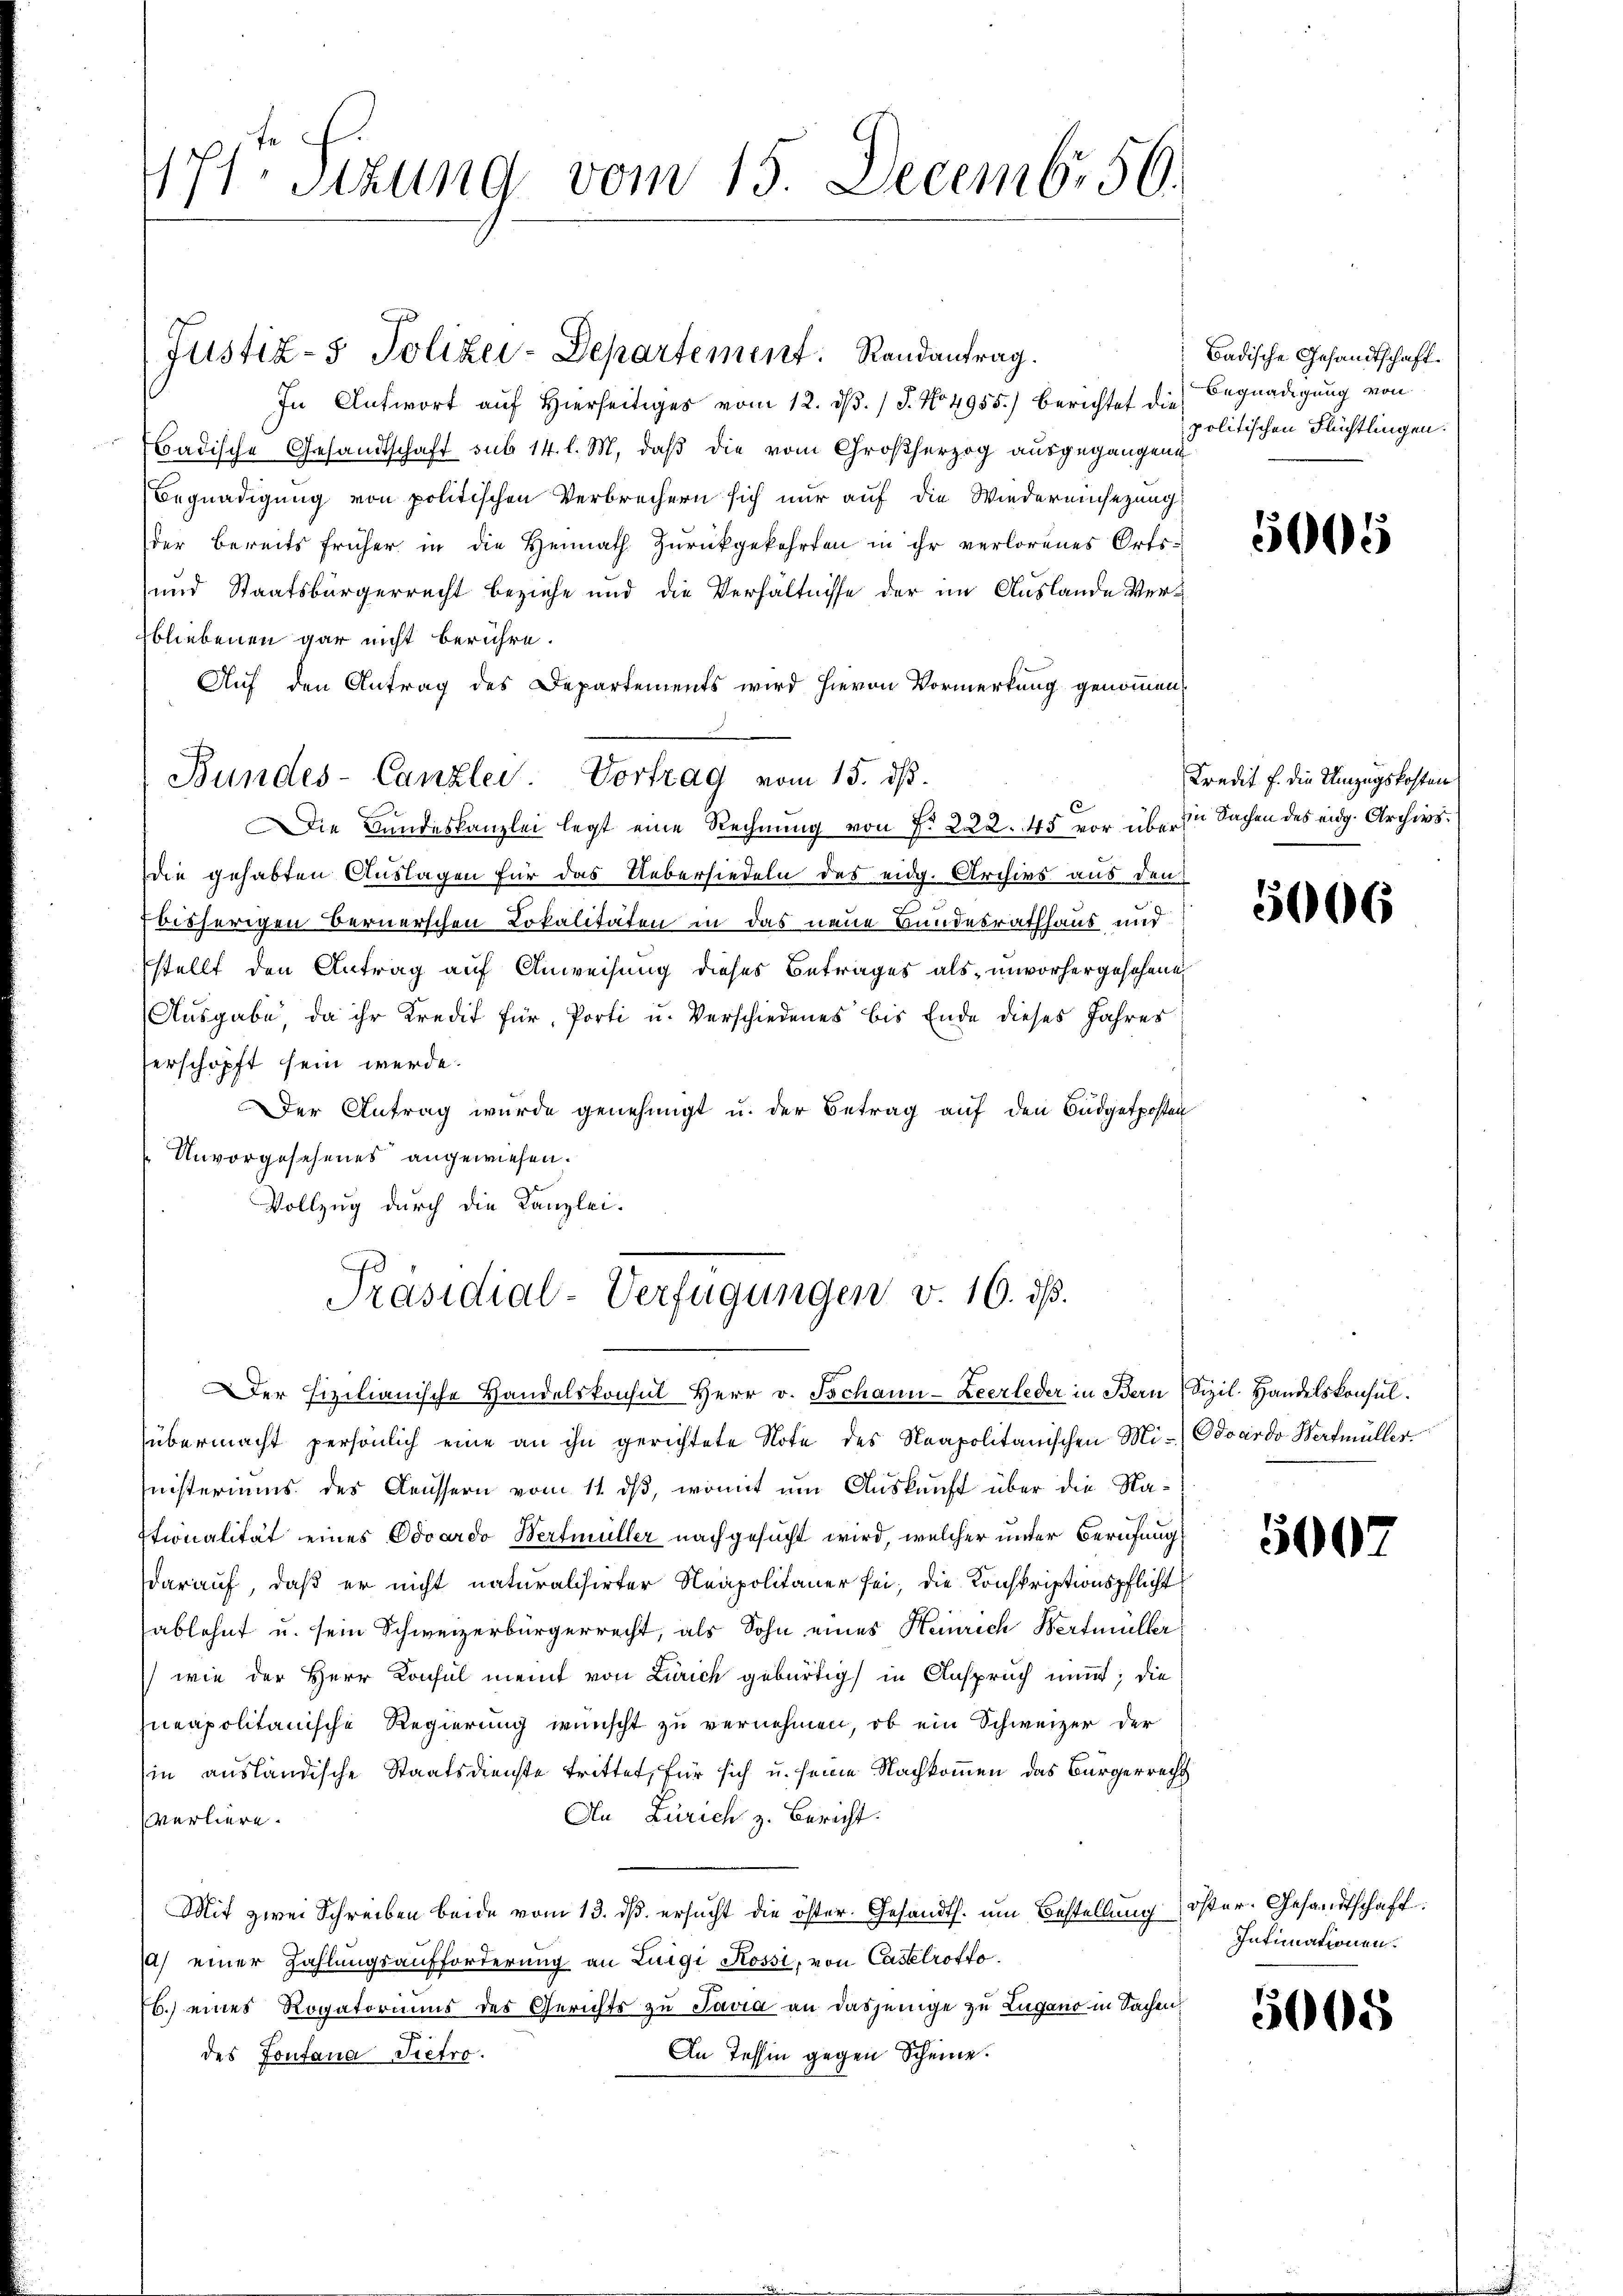
171 Sizung vom 15. Decemb. 56.

Justiz- & Polizei-Departement. Randantrag.
In Antwort aŭf hierseitiges vom 12. dβ. / 5. No. 4955) berichtet die
Badische Gesandtschaft sub 14. l. M. daß die vom Großherzog ausgegangene
Begnadigung von politischen Verbrechern sich nur auf die Wiedereinsezung
der Bereits früher in die Heimath Zurückgekehrten in ihr verlorenes Orts¬
und Staatsbürgerrecht beziehe und die Verhältnisse der im Auslande Verbliebenen gar nicht berühre.
Auf den Antrag des Departements wird hievon Vormerkung genommen,
Bundes-Canzlei Vortrag vom 15. ds.
Die Bundeskanzlei legt eine Rechnung von No 222. 45 vor über zu Sachen des eidg. Archivsdie gehabten Auslagen für das Uebersiedeln des eidg. Archivs aus den
fbisherigen Bernerschen Lokalitäten in das neue Bundesrathhaus und
stellt den Antrag auf Anweisung dieses Betrages als unvorhergesehene,
Ausgabe, da ihr Kredit für Porti u. Verschiedenes bis Ende dieses Jahres
herschöpft sein werde.
Der Antrag wurde genehmigt u. der Betrag auf den Budgetposten
Unvorgesehenes angewiesen.
Vollzug durch die Kanzlei.
Präsidial-Verfügungen v. 16. ds.
er fizilianische Handelskonsul Herr v. Tschann-Zeerleder in Bern
übermacht persönlich eine an ihn gerichtete Note des Neapolitanischen Mi¬
Inisteriums des Aeussern vom 11. ds, womit um Auskunft über die Na¬
Itionalität eines Odvardo Wertmüller nachgesucht wird, welcher unter Berufung
darauf, daß er nicht naturalisirter Neapolitaner sei; die Konskriptionspflicht
ablehnt u. sein Schweizerbürgerrecht, als Sohn eines Heinrich Wertmüller
wie der Herr Konsul meint von Zürich gebürtig in Anspruch nimmt; die
neapolitanische Regierung wünscht zu vernehmen, ob ein Schweizer der
in ausländische Staatsdienste trittet, für sich u. seine Nachkommen das Bürgerrecht
An Zürich z. Bericht.
verliere.
Mit zwei Schreiben beide vom 13. ds. ersucht die öster. Gesandts. um Bestellung
a) einer Zahlungsaufforderung an Luigi Rossi, von Castelrotto
b.) eines Rogatoriums des Gerichts zu Savia an dasjenige zu Lugano in Sachen
An Tessin gegen Scheine.
des Fontana Pietro

Badische Gesandtschaft
Begnadigung von
politischen Flüchtlingen.

5005

Kredit f. die Umzugskosten

5066

Sizil. Handelskonsul.
Odoardo Werdmüller.

5007

öster. Gesandtschaft.
Intimationen.

5005